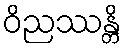
ဝိညဿန္တိ